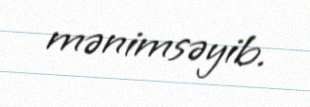
mənimsəyib.